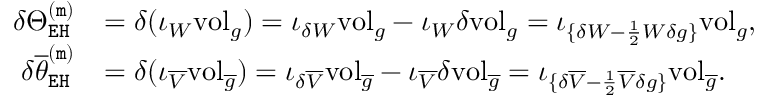
\begin{array} { r l } { \delta \Theta _ { \mathtt { E H } } ^ { \mathtt { ( m ) } } } & { = \delta ( \iota _ { W } \mathrm { v o l } _ { g } ) = \iota _ { \delta W } \mathrm { v o l } _ { g } - \iota _ { W } \delta \mathrm { v o l } _ { g } = \iota _ { \{ \delta W - \frac { 1 } { 2 } W \delta g \} } \mathrm { v o l } _ { g } , } \\ { \delta \overline { { \theta } } _ { \mathtt { E H } } ^ { \mathtt { ( m ) } } } & { = \delta ( \iota _ { \overline { { V } } } \mathrm { v o l } _ { \overline { { g } } } ) = \iota _ { \delta \overline { { V } } } \mathrm { v o l } _ { \overline { { g } } } - \iota _ { \overline { { V } } } \delta \mathrm { v o l } _ { \overline { { g } } } = \iota _ { \{ \delta \overline { { V } } - \frac { 1 } { 2 } \overline { { V } } \delta g \} } \mathrm { v o l } _ { \overline { { g } } } . } \end{array}